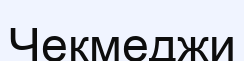
Чекмеджи